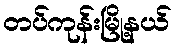
တပ်ကုန်းမြို့နယ်